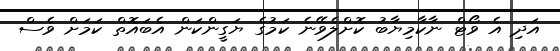
އަދި އެ ވޯޓް ނާކާމިޔާބު ކޮށްލެވޭނެ ކަމުގެ ޔަގީންކަން އެބައޮތް ކަމަށް ވެސް